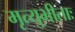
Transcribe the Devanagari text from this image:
मृत्युभीताः